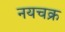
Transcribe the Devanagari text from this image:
नयचक्र